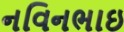
નવિનભાઇ